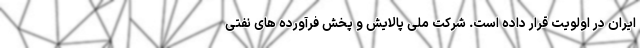
ایران در اولویت قرار داده است. شرکت ملی پالایش و پخش فرآورده های نفتی